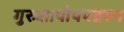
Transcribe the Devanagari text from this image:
गुरुशापोपपन्नस्य